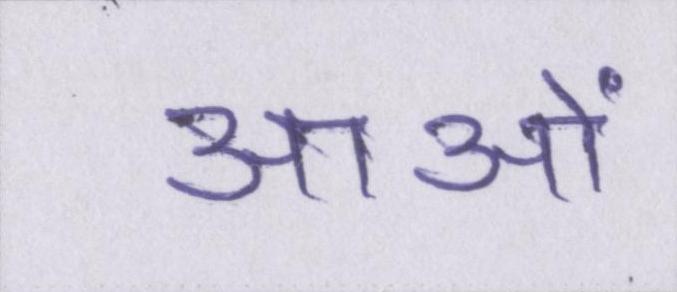
आओं